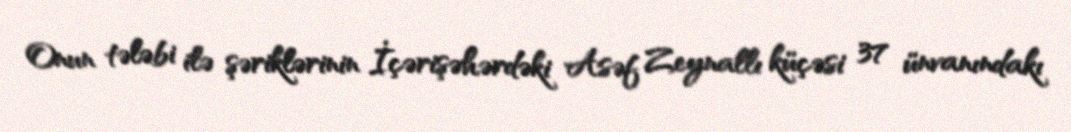
Onun tələbi ilə şəriklərinin İçərişəhərdəki Asəf Zeynallı küçəsi 37 ünvanındakı